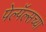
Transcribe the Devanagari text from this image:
पेल्पॅल्सच्या